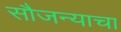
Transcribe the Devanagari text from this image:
सौजन्याचा